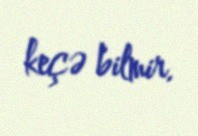
keçə bilmir.